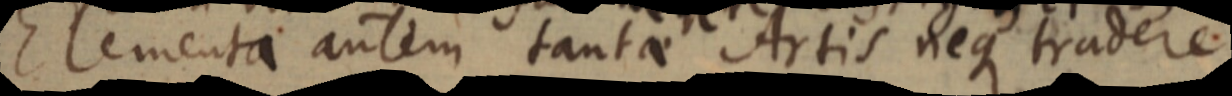
Elementa autem tantae Artis neque tradere